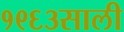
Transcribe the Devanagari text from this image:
१९६३साली